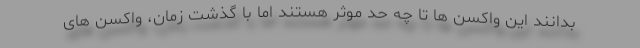
بدانند این واکسن ها تا چه حد موثر هستند اما با گذشت زمان، واکسن های